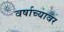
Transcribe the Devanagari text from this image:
वर्षाच्यावर